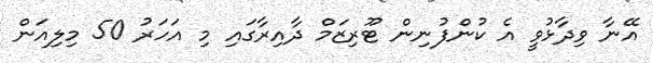
އޭނާ ވިދާޅުވީ އެ ކުންފުނިން ޓޫރިޒަމް ދާއިރާގައި މި އަހަރު 50 މިލިއަން